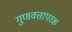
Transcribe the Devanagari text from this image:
गुणवत्तापरक